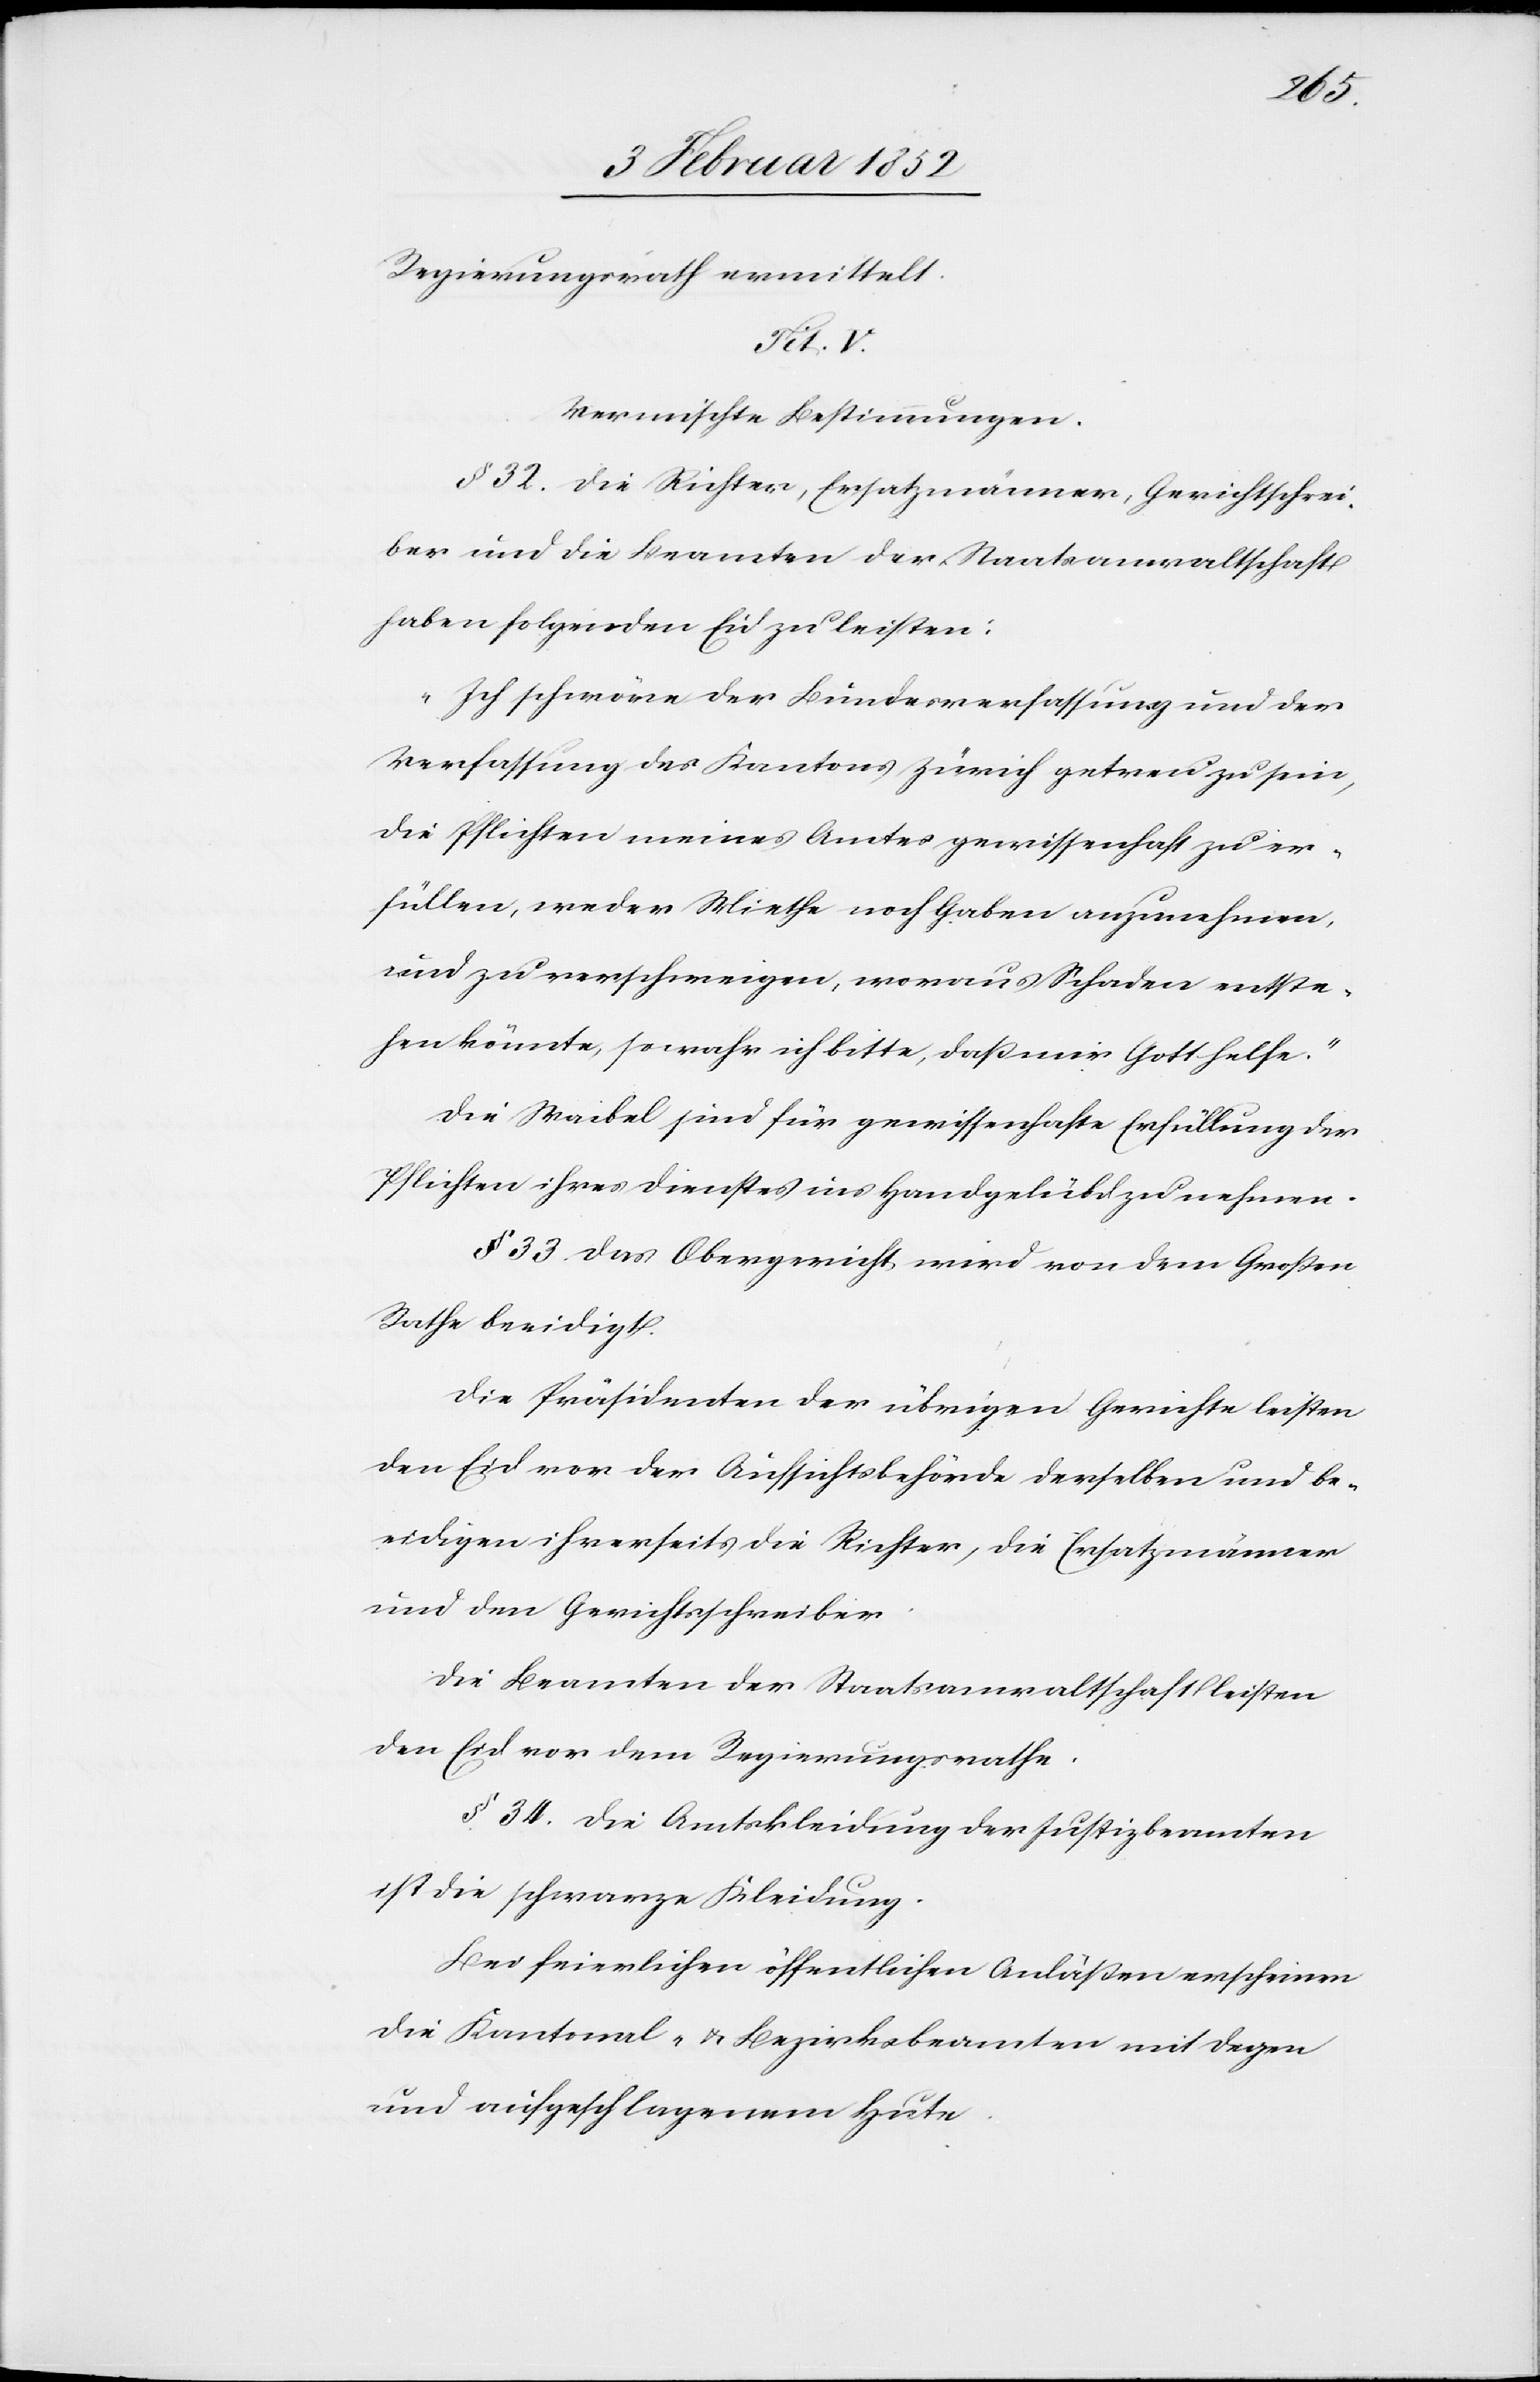
Regierungsrath vermittelt.
Tit. V.
Vermischte Bestimmungen.
§ 32. Die Richter, Ersatzmänner, Gerichtsschrei¬
ber und die Beamten der Staatsanwaltschaft
haben folgenden Eid zu leisten:
„Ich schwöre der Bundesverfassung und der
Verfassung des Kantons Zürich getreu zu sein,
die Pflichten meines Amtes gewissenhaft zu er¬
füllen, weder Miethe noch Haben anzunehmen,
und zu verschweigen, woraus Schaden entste¬
hen könnte, so wahr ich bitte, daß mir Gott helfe.“
Die Waibel sind für gewissenhafte Erfüllung der
Pflichten ihres Dienstes ins Handgelübde zu nehmen.
§ 33. Das Obergericht wird von dem Großen
Rathe beeidigt.
Die Präsidenten der übrigen Gerichte leisten
den Eid vor der Aufsichtsbehörde derselben und be¬
eidigen ihrerseits die Richter, die Ersatzmänner
und den Gerichtsschreiber.
Die Beamten der Staatsanwaltschaft leisten
den Eid vor dem Regierungsrathe.
§ 34. Die Amtskleidung der Justizbeamten
ist die schwarze Kleidung.
Bei feierlichen öffentlichen Anläßen erscheinen
die Kantonal- u. Bezirksbeamten mit Degen
und aufgeschlagenem Hute.